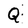
Character: Q